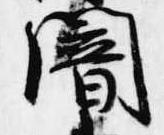
闇